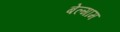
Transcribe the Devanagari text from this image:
बेल्गाम